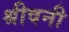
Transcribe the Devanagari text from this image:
श्रीवनी